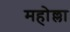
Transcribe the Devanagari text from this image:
महोल्ला